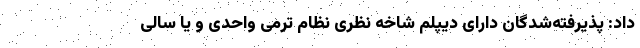
داد: پذیرفته‌شدگان دارای دیپلم شاخه نظری نظام ترمی واحدی و یا سالی